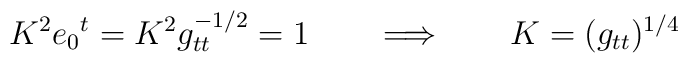
K^2 e_0{}^t= K^2 g_{tt}^{-1/2} =1 \qquad \Longrightarrow \qquad K= (g_{tt})^{1/4}